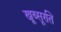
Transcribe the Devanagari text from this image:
खूब्सूरति